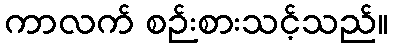
ကာလက် စဉ်းစားသင့်သည်။